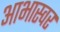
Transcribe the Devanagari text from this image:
आभास्वर